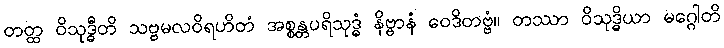
တတ္ထ ဝိသုဒ္ဓီတိ သဗ္ဗမလဝိရဟိတံ အစ္စန္တပရိသုဒ္ဓံ နိဗ္ဗာနံ ဝေဒိတဗ္ဗံ။ တဿာ ဝိသုဒ္ဓိယာ မဂ္ဂေါတိ